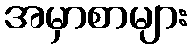
အမှာစာများ